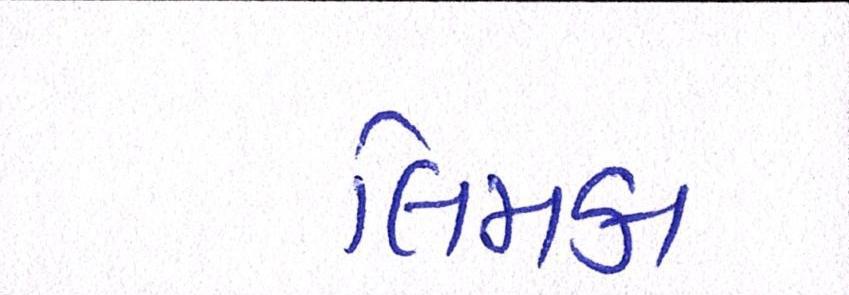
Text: લિમકા